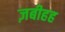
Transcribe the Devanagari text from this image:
ज़बीहह